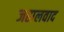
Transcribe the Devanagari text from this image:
जहालवाद